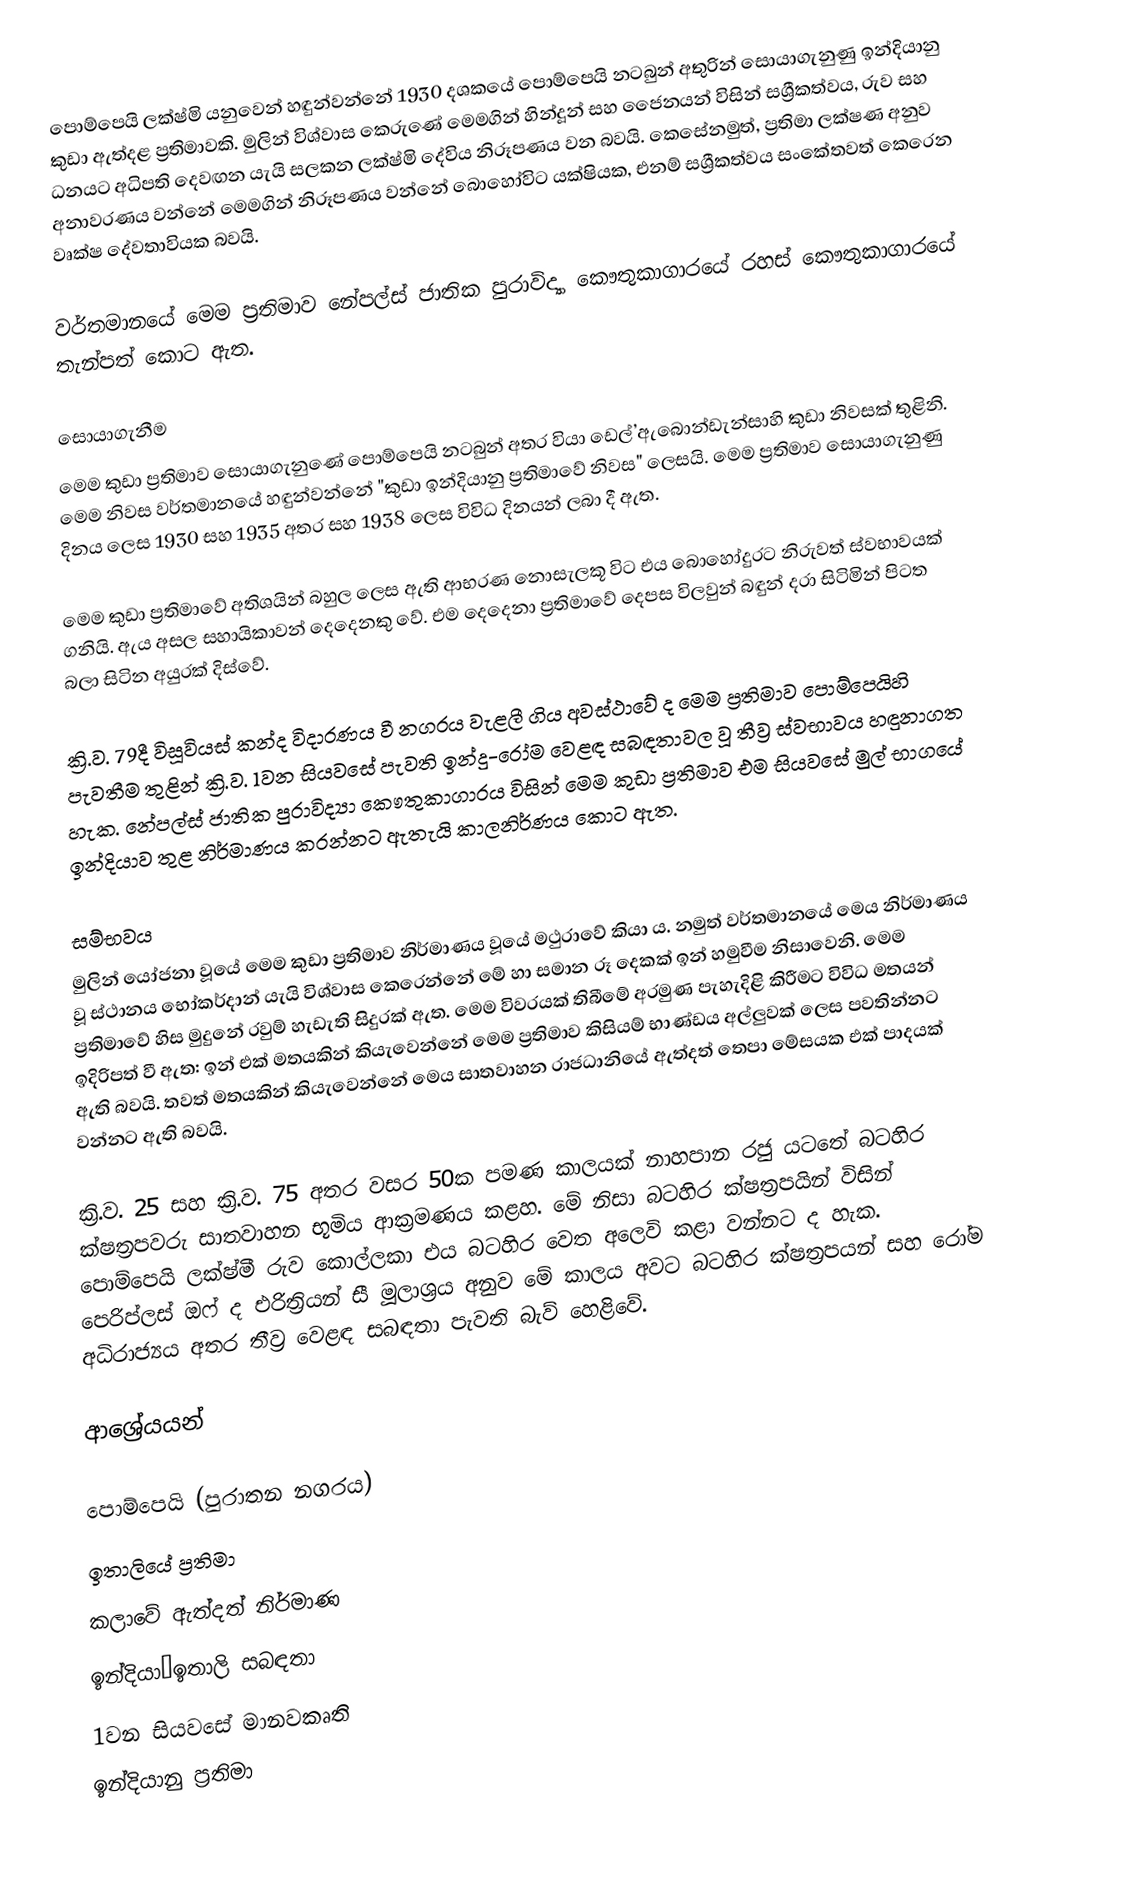
පොම්පෙයි ලක්ෂ්මි යනුවෙන් හඳුන්වන්නේ 1930 දශකයේ පොම්පෙයි නටබුන් අතුරින් සොයාගැනුණු ඉන්දියානු කුඩා ඇත්දළ ප්‍රතිමාවකි. මුලින් විශ්වාස කෙරුණේ මෙමගින් හින්දූන් සහ ජෛනයන් විසින් සශ්‍රීකත්වය, රුව සහ ධනයට අධිපති දෙවඟන යැයි සලකන ලක්ෂ්මි දේවිය නිරූපණය වන බවයි. කෙසේනමුත්, ප්‍රතිමා ලක්ෂණ අනුව අනාවරණය වන්නේ මෙමගින් නිරූපණය වන්නේ බොහෝවිට යක්ෂියක, එනම් සශ්‍රීකත්වය සංකේතවත් කෙරෙන වෘක්ෂ දේවතාවියක බවයි.

වර්තමානයේ මෙම ප්‍රතිමාව නේපල්ස් ජාතික පුරාවිද්‍යා කෞතුකාගාරයේ රහස් කෞතුකාගාරයේ තැන්පත් කොට ඇත.

සොයාගැනීම
මෙම කුඩා ප්‍රතිමාව සොයාගැනුණේ පොම්පෙයි නටබුන් අතර වියා ඩෙල්’ඇබොන්ඩැන්සාහි කුඩා නිවසක් තුළිනි. මෙම නිවස වර්තමානයේ හඳුන්වන්නේ "කුඩා ඉන්දියානු ප්‍රතිමාවේ නිවස" ලෙසයි. මෙම ප්‍රතිමාව සොයාගැනුණු දිනය ලෙස 1930 සහ 1935 අතර සහ 1938 ලෙස විවිධ දිනයන් ලබා දී ඇත.

මෙම කුඩා ප්‍රතිමාවේ අතිශයින් බහුල ලෙස ඇති ආභරණ නොසැලකූ විට එය බොහෝදුරට නිරුවත් ස්වභාවයක් ගනියි. ඇය අසල සහායිකාවන් දෙදෙනකු වේ. එම දෙදෙනා ප්‍රතිමාවේ දෙපස විලවුන් බඳුන් දරා සිටිමින් පිටත බලා සිටින අයුරක් දිස්වේ.

ක්‍රි.ව. 79දී විසූවියස් කන්ද විදාරණය වී නගරය වැළලී ගිය අවස්ථාවේ ද මෙම ප්‍රතිමාව පොම්පෙයිහි පැවතීම තුළින් ක්‍රි.ව. 1වන සියවසේ පැවති ඉන්දු-රෝම වෙළඳ සබඳතාවල වූ තීව්‍ර ස්වභාවය හඳුනාගත හැක. නේපල්ස් ජාතික පුරාවිද්‍යා කෞතුකාගාරය විසින් මෙම කුඩා ප්‍රතිමාව එම සියවසේ මුල් භාගයේ ඉන්දියාව තුළ නිර්මාණය කරන්නට ඇතැයි කාලනිර්ණය කොට ඇත.

සම්භවය
මුලින් යෝජනා වූයේ මෙම කුඩා ප්‍රතිමාව නිර්මාණය වූයේ මථුරාවේ කියා ය. නමුත් වර්තමානයේ මෙය නිර්මාණය වූ ස්ථානය ‍භෝකර්දාන් යැයි විශ්වාස කෙරෙන්නේ මේ හා සමාන රූ දෙකක් ඉන් හමුවීම නිසාවෙනි. මෙම ප්‍රතිමාවේ හිස මුදුනේ රවුම් හැඩැති සිදුරක් ඇත. මෙම විවරයක් තිබීමේ අරමුණ පැහැදිළි කිරීමට විවිධ මතයන් ඉදිරිපත් වී ඇත: ඉන් එක් මතයකින් කියැවෙන්නේ මෙම ප්‍රතිමාව කිසියම් භාණ්ඩය අල්ලුවක් ලෙස පවතින්නට ඇති බවයි. තවත් මතයකින් කියැවෙන්නේ මෙය සාතවාහන රාජධානියේ ඇත්දත් තෙපා මේසයක එක් පාදයක් වන්නට ඇති බවයි.

ක්‍රි.ව. 25 සහ ක්‍රි.ව. 75 අතර වසර 50ක පමණ කාලයක් නාහපාන රජු යටතේ බටහිර ක්ෂත්‍රපවරු සාතවාහන භූමිය ආක්‍රමණය කළහ. මේ නිසා බටහිර ක්ෂත්‍රපයින් විසින් පොම්පෙයි ලක්ෂ්මී රුව කොල්ලකා එය බටහිර වෙත අලෙවි කළා වන්නට ද හැක. පෙරිප්ලස් ඔෆ් ද එරිත්‍රියන් සී මූලාශ්‍රය අනුව මේ කාලය අවට බටහිර ක්ෂත්‍රපයන් සහ රෝම අධිරාජ්‍යය අතර තීව්‍ර වෙළඳ සබඳතා පැවති බැව් හෙළිවේ.

ආශ්‍රේයයන්

පොම්පෙයි (පුරාතන නගරය)
ඉතාලියේ ප්‍රතිමා
කලාවේ ඇත්දත් නිර්මාණ
ඉන්දියා–ඉතාලි සබඳතා
1වන සියවසේ මානවකෘති
ඉන්දියානු ප්‍රතිමා